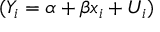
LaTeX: ( Y _ { i } = \alpha + \beta x _ { i } + U _ { i } )